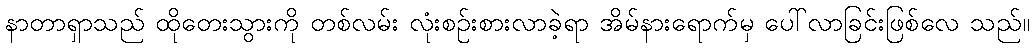
နာတာရှာသည် ထိုတေးသွားကို တစ်လမ်း လုံးစဉ်းစားလာခဲ့ရာ အိမ်နားရောက်မှ ပေါ်လာခြင်းဖြစ်လေ သည်။